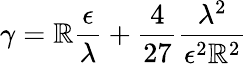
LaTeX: \gamma=\mathbb{R}\frac{\epsilon}{\lambda}+\frac{4}{{27}}\frac{{\lambda^{2}}}{{\epsilon^{2}\mathbb{R}^{2}}}